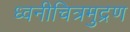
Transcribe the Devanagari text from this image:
ध्वनीचित्रमुद्रण